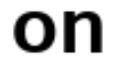
on